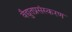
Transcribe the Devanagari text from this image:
वैद्युतप्रसंस्करण